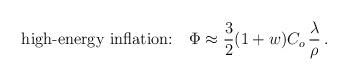
LaTeX: \begin{align*}\mbox{high-energy inflation:}~~~\Phi \approx{3\over2}(1+w)C_o\,{\lambda\over \rho}\,. \end{align*}